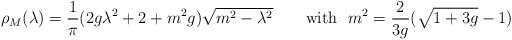
\begin{align*}\rho_{M} (\lambda ) = \frac{1}{\pi } (2g\lambda^{2} + 2 + m^2 g)\sqrt{m^2 -\lambda^{2} } \ \ \ \ \ \ \mbox{with} \ \ m^2 = \frac{2}{3g} (\sqrt{1+3g} -1)\end{align*}